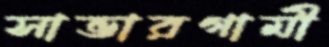
সাভারগামী